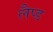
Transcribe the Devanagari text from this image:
लैप्ड